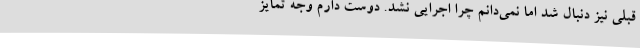
قبلی نیز دنبال شد اما نمی‌دانم چرا اجرایی نشد. دوست دارم وجه تمایز